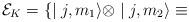
LaTeX: \begin{align*}{\cal E}_K=\{\mid j,m_1\rangle\otimes\mid j,m_2\rangle\equiv\end{align*}